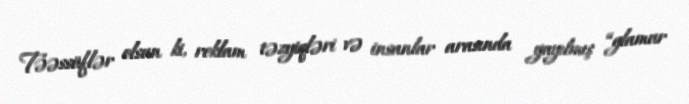
Təəssüflər olsun ki, reklam təzyiqləri və insanlar arasında yayılmış “glamur